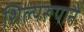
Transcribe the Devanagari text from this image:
शिल्परूपाने